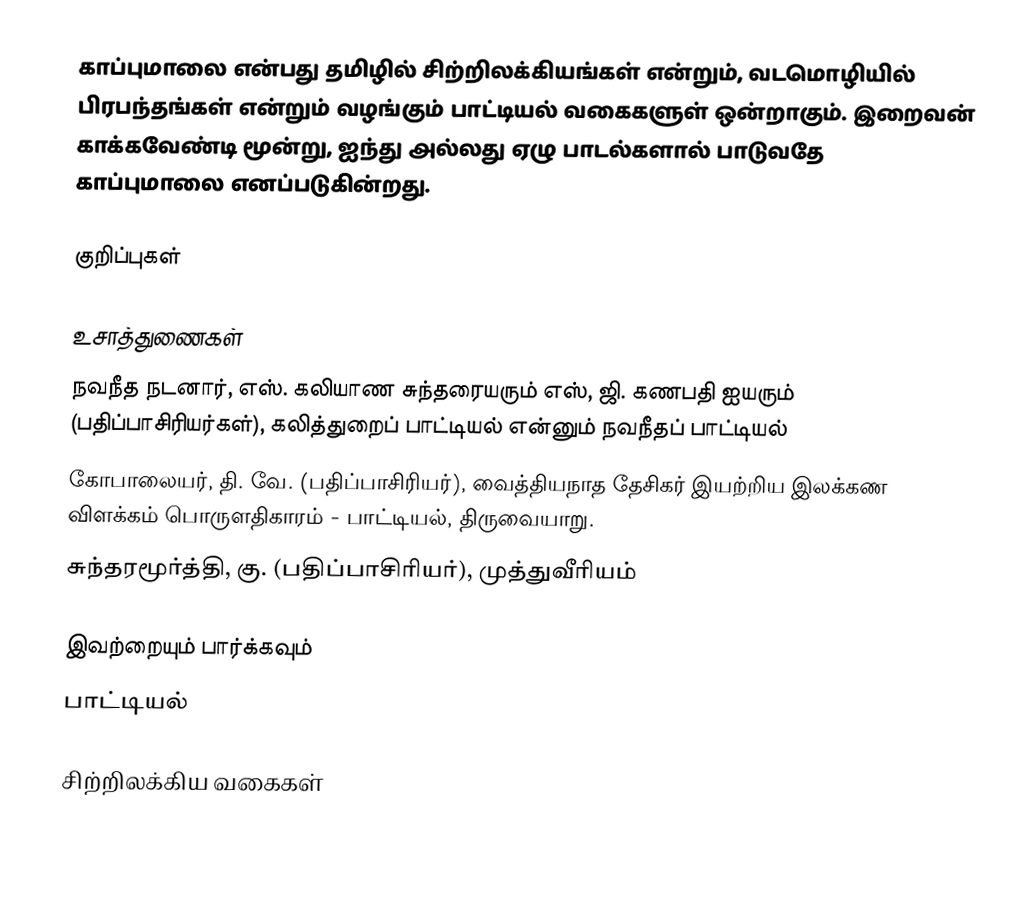
காப்புமாலை என்பது தமிழில் சிற்றிலக்கியங்கள் என்றும், வடமொழியில் பிரபந்தங்கள் என்றும் வழங்கும் பாட்டியல் வகைகளுள் ஒன்றாகும். இறைவன் காக்கவேண்டி மூன்று, ஐந்து அல்லது ஏழு பாடல்களால் பாடுவதே காப்புமாலை எனப்படுகின்றது.

குறிப்புகள்

உசாத்துணைகள்
 நவநீத நடனார், எஸ். கலியாண சுந்தரையரும் எஸ், ஜி. கணபதி ஐயரும் (பதிப்பாசிரியர்கள்), கலித்துறைப் பாட்டியல் என்னும் நவநீதப் பாட்டியல்
 கோபாலையர், தி. வே. (பதிப்பாசிரியர்), வைத்தியநாத தேசிகர் இயற்றிய இலக்கண விளக்கம் பொருளதிகாரம் - பாட்டியல், திருவையாறு.
 சுந்தரமூர்த்தி, கு. (பதிப்பாசிரியர்), முத்துவீரியம்

இவற்றையும் பார்க்கவும்
 பாட்டியல்

சிற்றிலக்கிய வகைகள்